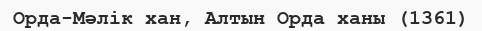
Орда-Мәлік хан, Алтын Орда ханы (1361)